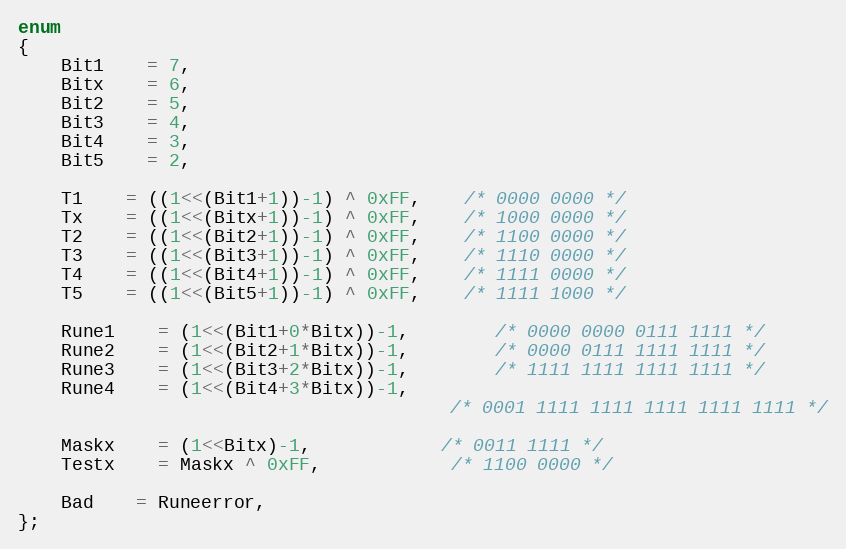
Language: C
enum
{
	Bit1	= 7,
	Bitx	= 6,
	Bit2	= 5,
	Bit3	= 4,
	Bit4	= 3,
	Bit5	= 2,

	T1	= ((1<<(Bit1+1))-1) ^ 0xFF,	/* 0000 0000 */
	Tx	= ((1<<(Bitx+1))-1) ^ 0xFF,	/* 1000 0000 */
	T2	= ((1<<(Bit2+1))-1) ^ 0xFF,	/* 1100 0000 */
	T3	= ((1<<(Bit3+1))-1) ^ 0xFF,	/* 1110 0000 */
	T4	= ((1<<(Bit4+1))-1) ^ 0xFF,	/* 1111 0000 */
	T5	= ((1<<(Bit5+1))-1) ^ 0xFF,	/* 1111 1000 */

	Rune1	= (1<<(Bit1+0*Bitx))-1,		/* 0000 0000 0111 1111 */
	Rune2	= (1<<(Bit2+1*Bitx))-1,		/* 0000 0111 1111 1111 */
	Rune3	= (1<<(Bit3+2*Bitx))-1,		/* 1111 1111 1111 1111 */
	Rune4	= (1<<(Bit4+3*Bitx))-1,
                                        /* 0001 1111 1111 1111 1111 1111 */

	Maskx	= (1<<Bitx)-1,			/* 0011 1111 */
	Testx	= Maskx ^ 0xFF,			/* 1100 0000 */

	Bad	= Runeerror,
};